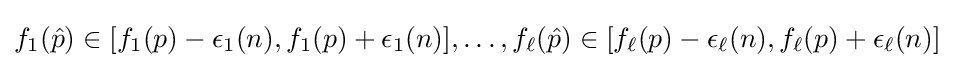
f_{1}({\hat {p}})\in [f_{1}(p)-\epsilon _{1}(n),f_{1}(p)+\epsilon _{1}(n)],\dots ,f_{\ell }({\hat {p}})\in [f_{\ell }(p)-\epsilon _{\ell }(n),f_{\ell }(p)+\epsilon _{\ell }(n)]